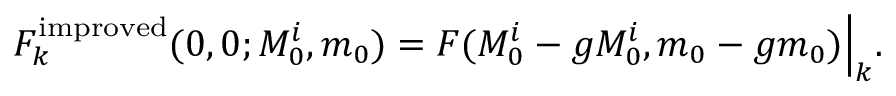
F _ { k } ^ { \mathrm { i m p r o v e d } } ( 0 , 0 ; M _ { 0 } ^ { i } , m _ { 0 } ) = F ( M _ { 0 } ^ { i } - g M _ { 0 } ^ { i } , m _ { 0 } - g m _ { 0 } ) \Big | _ { k } .